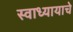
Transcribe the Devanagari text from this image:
स्वाध्यायाचे